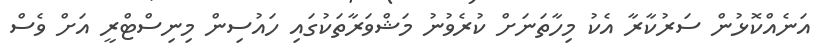
އަނެއްކޮޅުން ސަރުކާރާ އެކު މިހާތަނަށް ކުރެވުނު މަޝްވަރާތަކުގައި ހައުސިން މިނިސްޓްރީ އަށް ވެސް